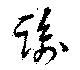
踰